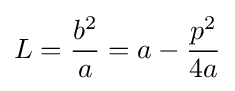
L={\frac {b^{2}}{a}}=a-{\frac {p^{2}}{4a}}